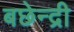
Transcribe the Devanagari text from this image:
बछेन्द्री